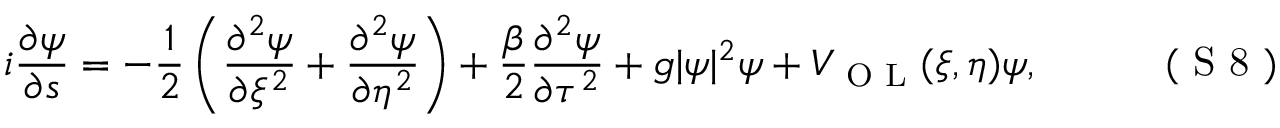
i \frac { \partial \psi } { \partial s } = - \frac { 1 } { 2 } \left( \frac { \partial ^ { 2 } \psi } { \partial \xi ^ { 2 } } + \frac { \partial ^ { 2 } \psi } { \partial \eta ^ { 2 } } \right) + \frac { \beta } { 2 } \frac { \partial ^ { 2 } \psi } { \partial \tau ^ { 2 } } + g | \psi | ^ { 2 } \psi + V _ { \textrm { O L } } ( \xi , \eta ) \psi , \eqno { ( \textrm { S 8 } ) }